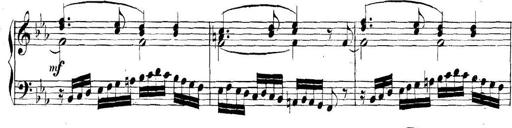
Title: Collected Piano Sonatas
Composer: Muzio Clementi